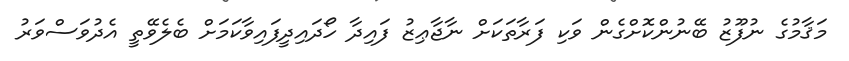
މަޤާމުގެ ނުފޫޒު ބޭނުންކޮށްގެން ވަކި ފަރާތަކަށް ނާޖާޢިޒު ފައިދާ ހޯދައިދީފައިވާކަމަށް ބެލެވޭތީ އެދުވަސްވަރު